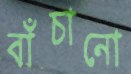
বাঁচানো